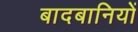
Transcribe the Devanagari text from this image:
बादबानियों